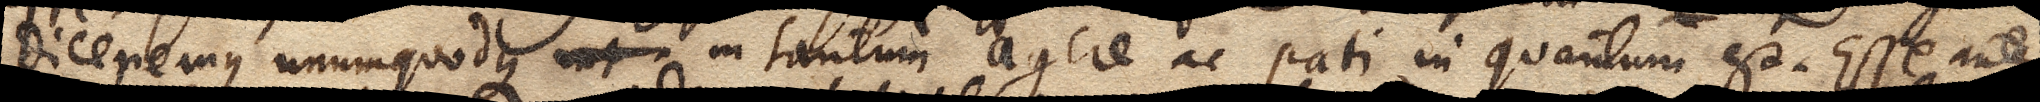
diceremus unumquodque in tantum agere ac pati in quantum est. Esse autem